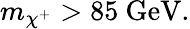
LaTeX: m_{\chi^{+}}>85\mathrm{~GeV}.